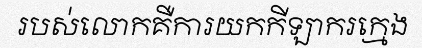
របស់លោកគឺការយកកីឡាករក្មេង